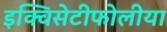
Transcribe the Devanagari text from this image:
इक्विसेटीफोलीया